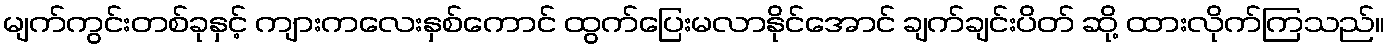
မျက်ကွင်းတစ်ခုနှင့် ကျားကလေးနှစ်ကောင် ထွက်ပြေးမလာနိုင်အောင် ချက်ချင်းပိတ် ဆို့ ထားလိုက်ကြသည်။